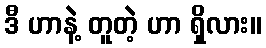
ဒီ ဟာနဲ့ တူတဲ့ ဟာ ရှိလား။